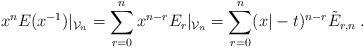
LaTeX: \begin{align*}x^{n}E(x^{-1})|_{\mathcal{V}_{n}}=\sum_{r=0}^{n}x^{n-r}E_{r}|_{\mathcal{V}_{n}}=\sum_{r=0}^{n}(x|-t)^{n-r}\tilde{E}_{r,n}\;. \end{align*}